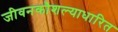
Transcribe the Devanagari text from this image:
जीवनकौशल्याधारित